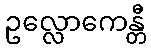
ဥလ္လောကေန္တီ